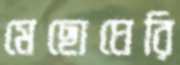
মেছোঘেরি